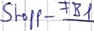
Text: Stopp_FB1